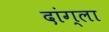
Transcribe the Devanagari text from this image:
दांग्ला